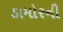
ડામોરની